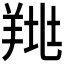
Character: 𦎉